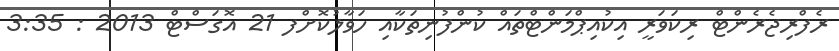
ރެފްރިޖެރެންޓް ރިކަވަރީ އިކުއިޕްމަންޓްތައް ކުންފުނިތަކާއި ހަވާލުކޮށްފ 21 އޮގަސްޓް 2013 : 3:35